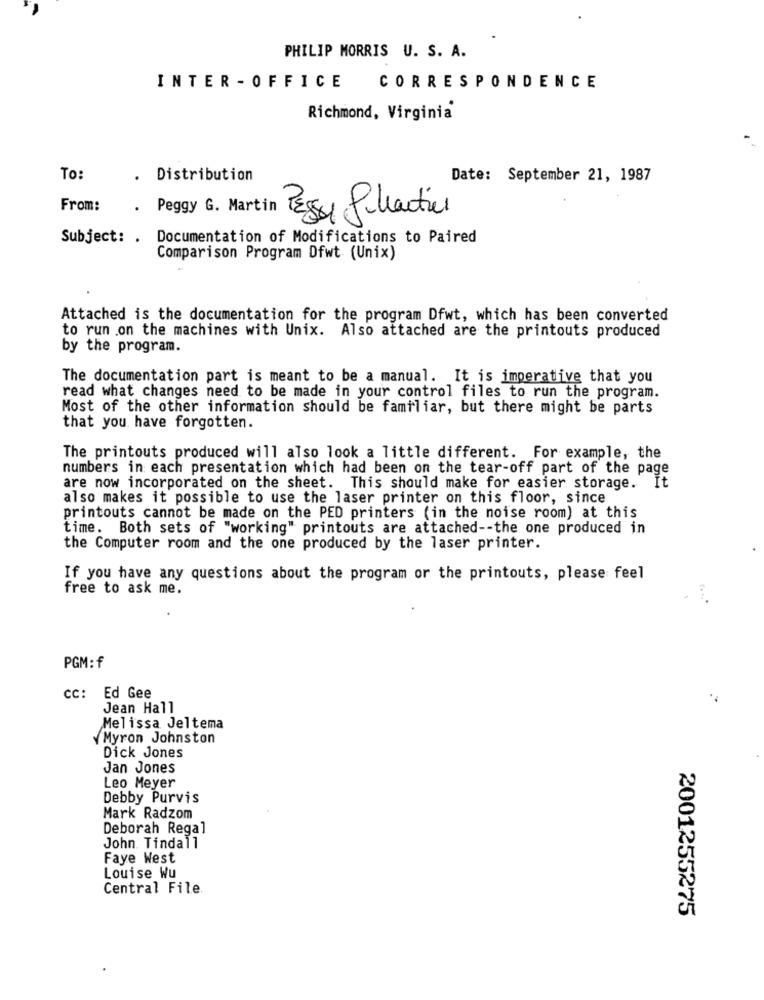
PHILIP MORRIS U. S. A.
INTER - OFFICE
CORRESPONDENCE
Richmond, Virginia
To:
. Distribution
Date: September 21, 1987
From:
. Peggy G. Martin TES Pihacties
Subject: . Documentation of Modifications to Paired
Comparison Program Dfwt (Unix)
Attached is the documentation for the program Dfwt, which has been converted
to run .on the machines with Unix. Also attached are the printouts produced
by the program.
The documentation part is meant to be a manual. It is imperative that you
read what changes need to be made in your control files to run the program.
Most of the other information should be familiar, but there might be parts
that you have forgotten.
The printouts produced will also look a little different. For example, the
numbers in each presentation which had been on the tear-off part of the page
are now incorporated on the sheet. This should make for easier storage. It
also makes it possible to use the laser printer on this floor, since
printouts cannot be made on the PED printers (in the noise room) at this
time. Both sets of "working" printouts are attached -- the one produced in
the Computer room and the one produced by the laser printer.
If you have any questions about the program or the printouts, please feel
free to ask me.
PGM: f
cc: Ed Gee
Jean Hall
Melissa Jeltema
Myron Johnston
Dick Jones
Jan Jones
Leo Meyer
Debby Purvis
Mark Radzom
Deborah Regal
John. Tindall
Faye West
Louise Wu
Central File
2001255275